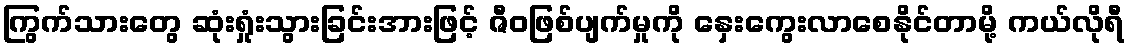
ကြွက်သားတွေ ဆုံးရှုံးသွားခြင်းအားဖြင့် ဇီဝဖြစ်ပျက်မှုကို နှေးကွေးလာစေနိုင်တာမို့ ကယ်လိုရီ